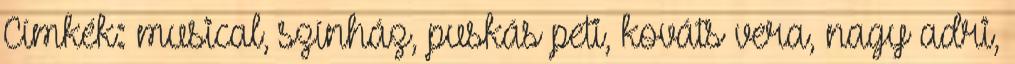
Címkék: musical, színház, puskás peti, kováts vera, nagy adri,